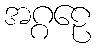
အဂ္ဂဠေ